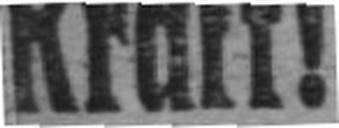
Kraft!